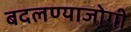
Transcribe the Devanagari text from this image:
बदलण्याजोगी